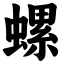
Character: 螺